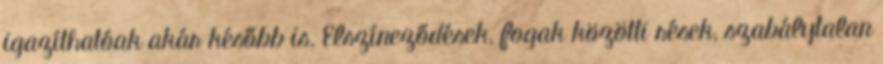
igazíthatóak akár később is. Elszíneződések, fogak közötti rések, szabálytalan